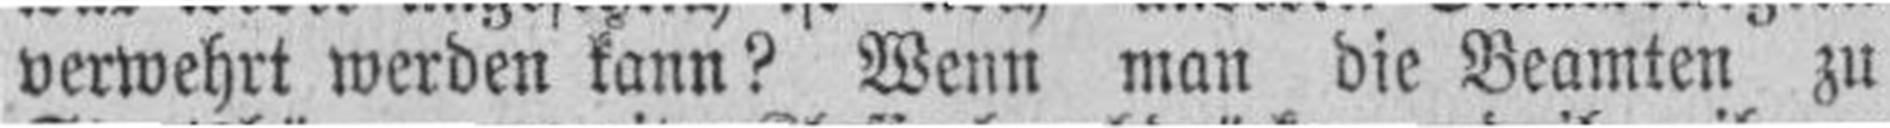
verwehrt werden kann? Wenn man die Beamten zu